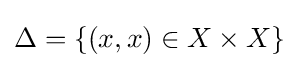
\Delta =\{(x,x)\in X\times X\}